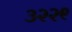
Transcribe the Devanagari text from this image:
३२२९